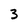
Character: 3